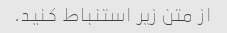
از متن زیر استنباط کنید.